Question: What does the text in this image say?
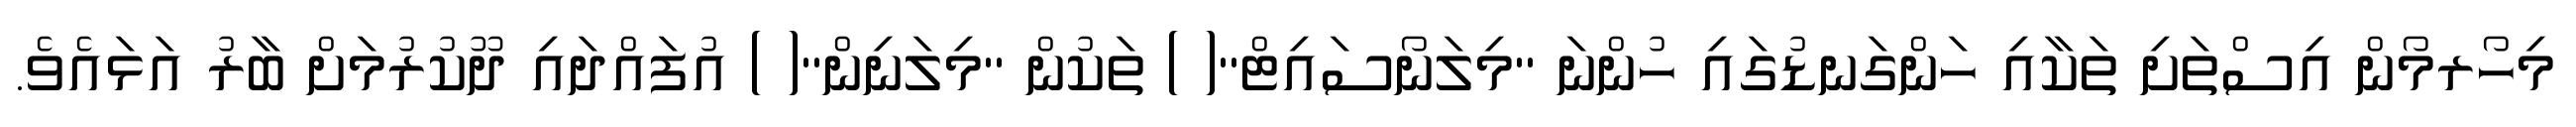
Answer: މިހޯރމޯން އިސްތަށި ތަކާއި ހަންގަނޑުގައި ހުންނަ ''މިލަނޯސައިޓް''( ) ތަކުން ''މިލަނިން''( ) އުފައްދައި ދޫކުރުމަށް ބާރު އަޅައެވެ.